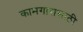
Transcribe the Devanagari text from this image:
कामगारासाठी